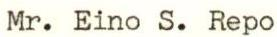
Mr. Eino S. Repo